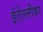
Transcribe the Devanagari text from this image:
इंतेल्लीका